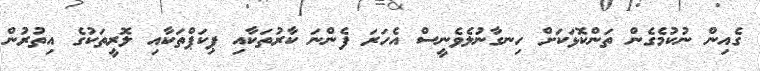
ގެއިން ނުކުމެގެން ތަންކޮޅަކަށް ހިނގާނުލެވެނީސް އެހަރަ ފެންނަ ކާރުތަކާއި ޕިކަޕްތަކާއި ލޮރީތަކުގެ އިތުރުން